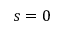
s = 0